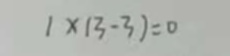
1 \times ( 3 - 3 ) = 0